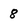
Character: 8